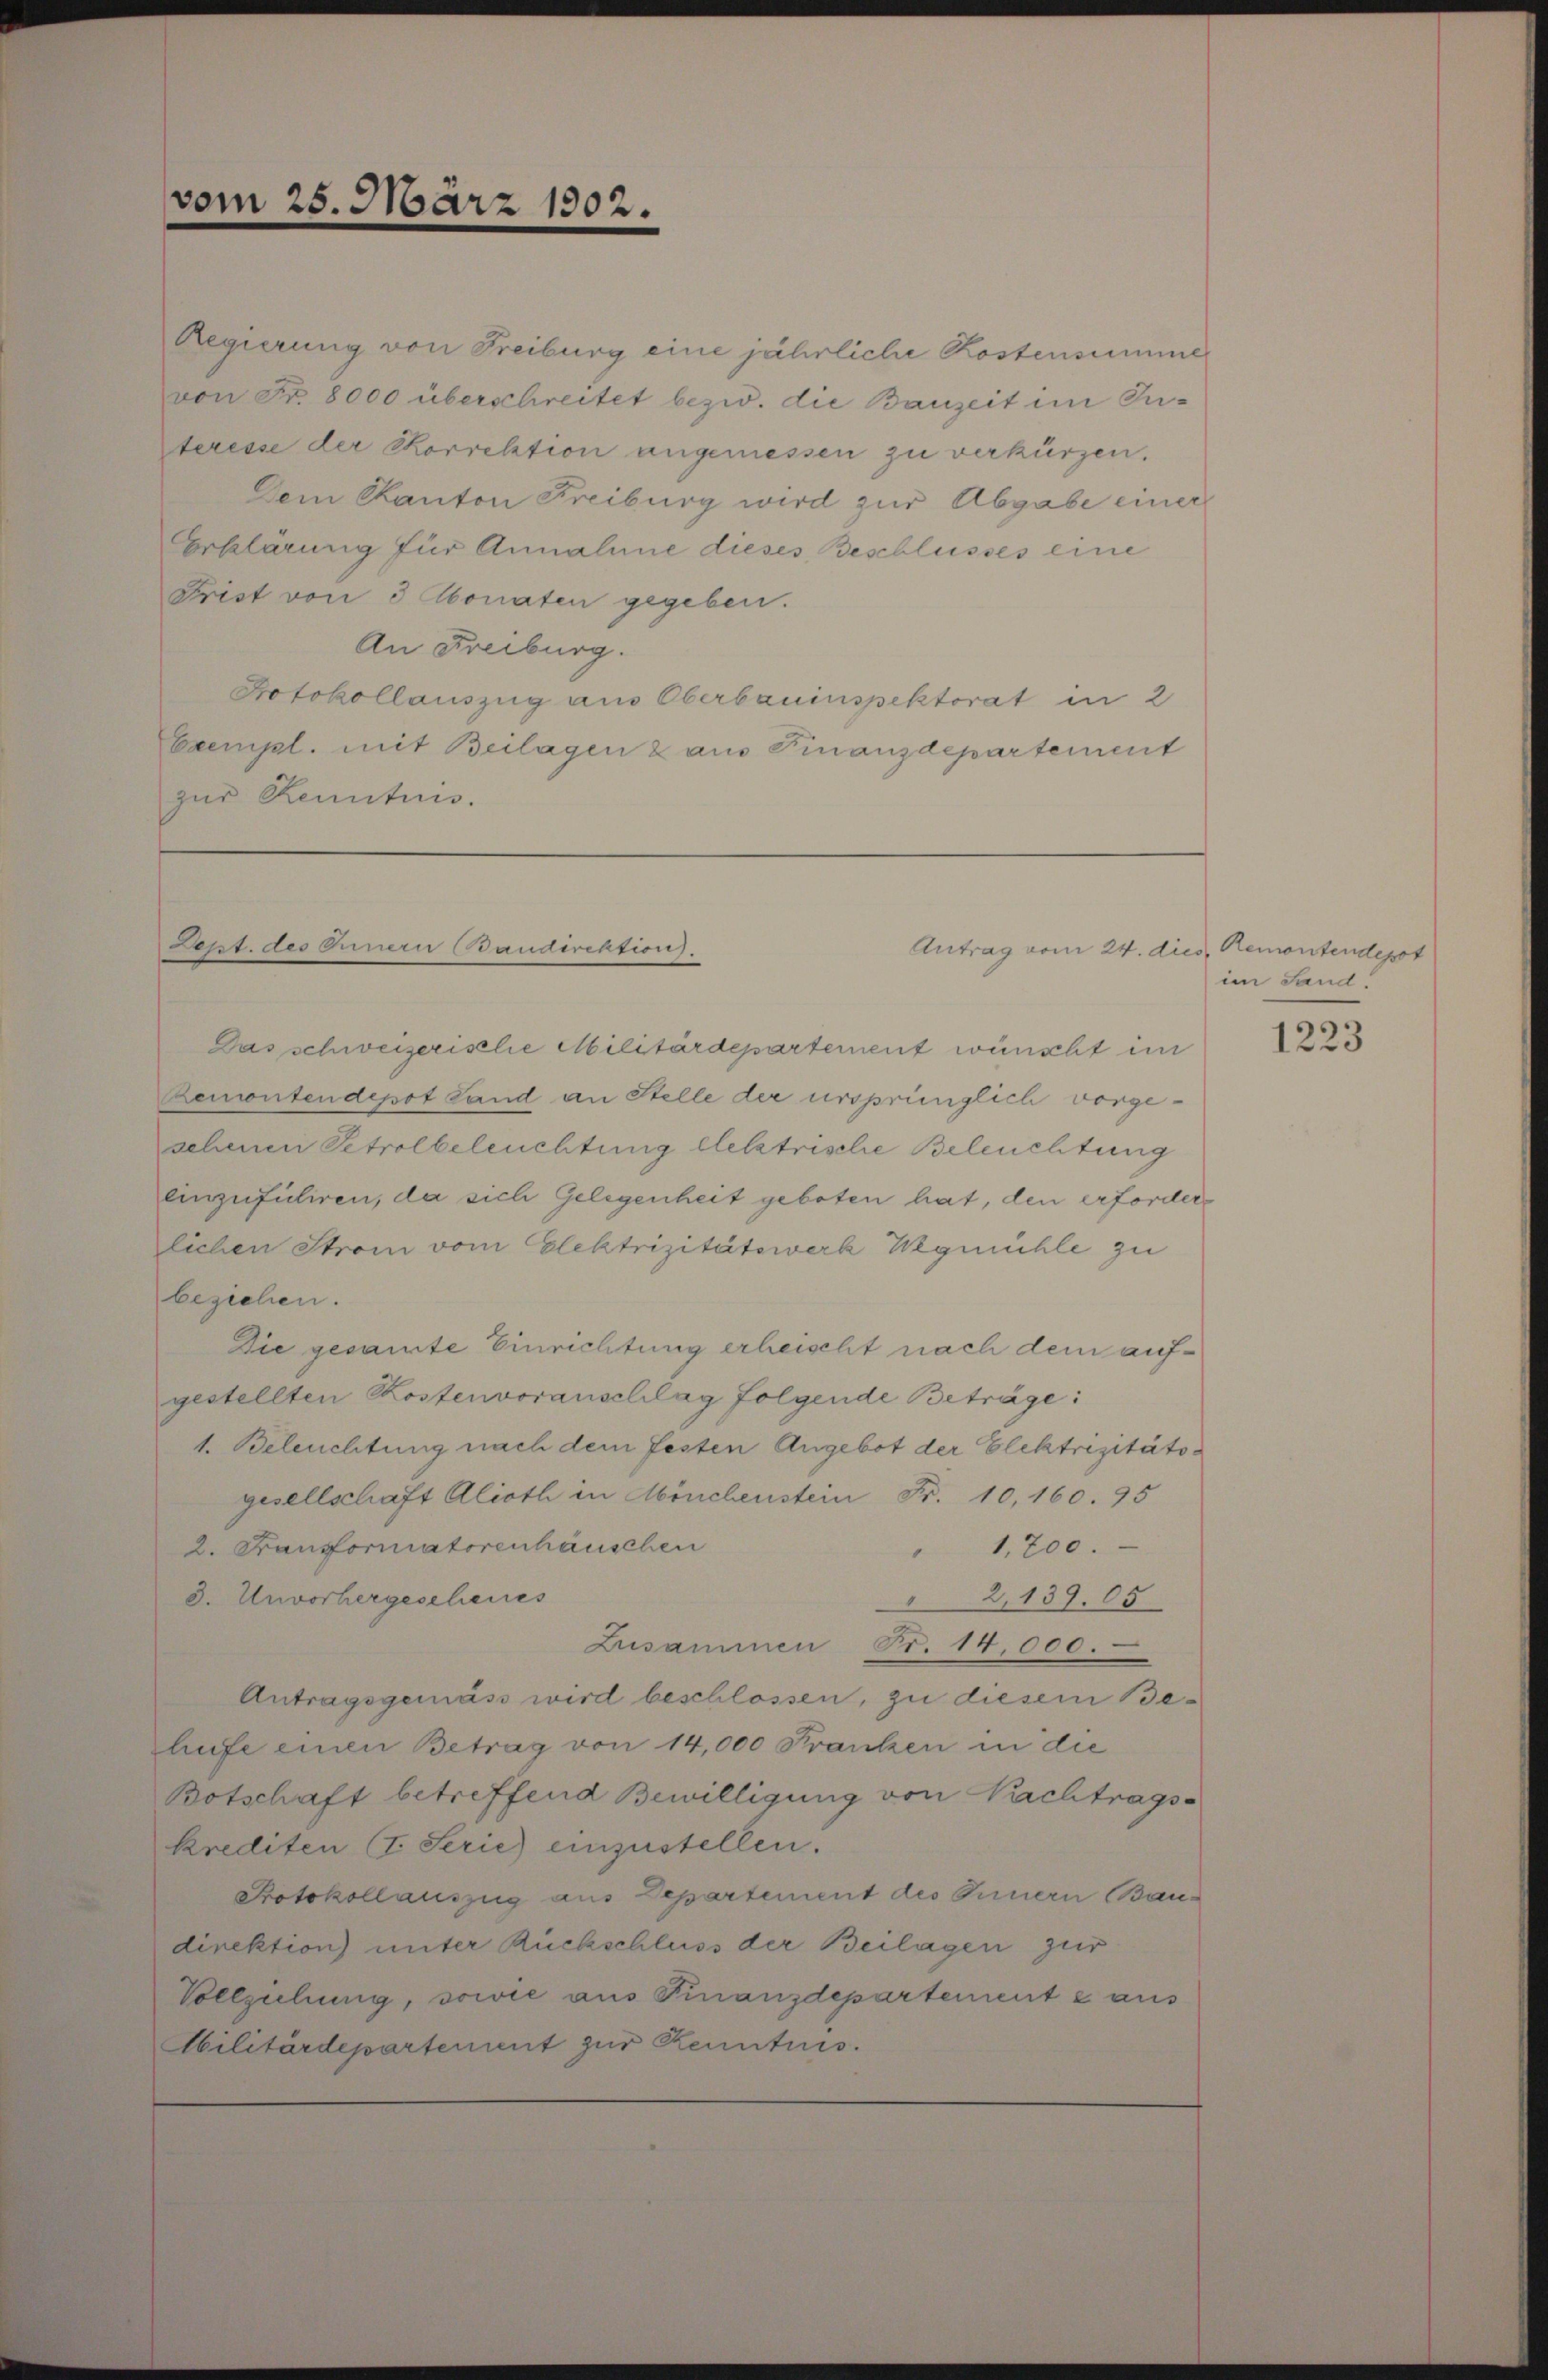
vom 25. März 1802.

Regierung von Freiburg eine jährliche Kostensumme
von Fr. 8000 überschreitet bezw. die Bauzeit im Interesse der Korrektion angemessen zu verkürzen.
Dem Kanton Freiburg wird zur Abgabe einer
Erklärung für Annahme dieses Beschlusses eine
Frist von 3 Monaten gegeben.
An Freiburg.
Protokollauszug aus Oberbauinspektorat in 2
Exempl. mit Beilagen 2 aus Finanzdepartement
zur Kenntnis.

Lept. des Einern (Baudirektion).

Antrag vom 24. dies Remontendepot

Das schweizeristlie Militärdepartement wünscht im
Remontendepot Land an Stelle der ursprünglich vorgeschenen Petrolbeleuchtung letztrische Beleuchtung
einzufuliren, da sich Gelegenheit geboten hat, den erforderlichen Strom vom Elektrizitätswerk Wegmühle zu
beziehen.
Die gesamte Einrichtung erheischt nach dem aufgestellten Kostenvoranschlag folgende Beträge:
1. Beleuchtung nach dem Festen Angebot der Elektrizitätsgesellschaft Alioth in Mönchenstein Fr. 10,160. 95
2. Franzformatorenhäuschen
1,200.
3. Unvorhergescheues
2,139. 05
Zusammen Fr. 14,000.
Antragsgemäss wird beschlossen, zu diesem Behufe einen Betrag von 14,000 Franken in die
Botschaft betreffend Bewilligung von Nachtragskrediten (I. Serie) einzustellen.
Protokollauszug aus Departement des Innern Baudirektion) unter Rückschluss der Beilagen zur
Vollziehung, sowie aus Finanzdepartement 2 aus
Militärdepartement zur Kenntnis.

im Sand.

1223